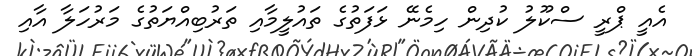
އެއީ ޕްރީ ސްކޫލު ކުދިން ހިމެނޭ ޅަފަތުގެ ތައުލީމާއި ތަރުބިއްޔަތުގެ މަރުހަލާ އާއި